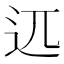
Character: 𰺰